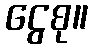
ငွေစု။